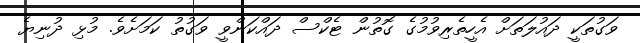
ވަގުތަކީ ދައުލަތަށް އެހީތެރިވުމުގެ ގޮތުން ޓެކްސް ދައްކަންވީ ވަގުތު ކަމަށެވެ. މުޅި ދުނިޔެ